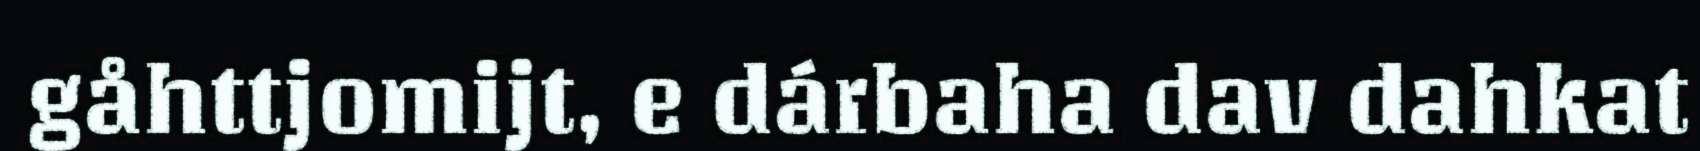
gåhttjomijt, e dárbaha dav dahkat